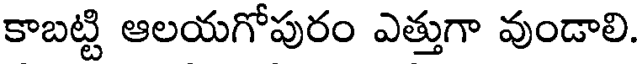
కాబట్టి ఆలయగోపురం ఎత్తుగా వుండాలి.